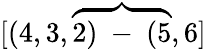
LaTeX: [(4,3,\overbrace{2)\mathrm{~-~}(5},6]